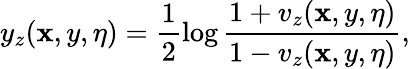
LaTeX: y_{z}(\mathbf{x},y,\eta)=\frac{{1}}{{2}}\log\frac{{1+v_{z}(\mathbf{x},y,\eta)}}{{1-v_{z}(\mathbf{x},y,\eta)}},